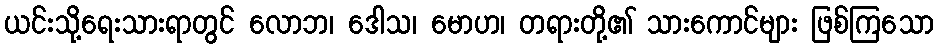
ယင်းသို့ရေးသားရာတွင် လောဘ၊ ဒေါသ၊ မောဟ၊ တရားတို့၏ သားကောင်များ ဖြစ်ကြသော